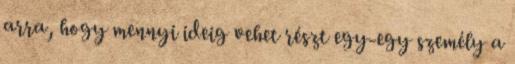
arra, hogy mennyi ideig vehet részt egy-egy személy a